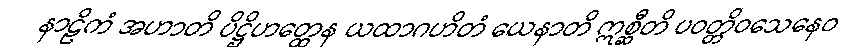
နာဠိကံ အဟာတိ ပိဋ္ဌိဟတ္ထေန ယထာဂဟိတံ ယေနာတိ ဣစ္ဆီတိ ပဝတ္တိဝသေနေဝ